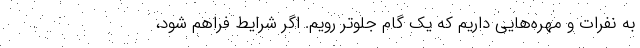
به نفرات و مهره‌هایی داریم که یک گام جلوتر رویم. اگر شرایط فراهم شود،